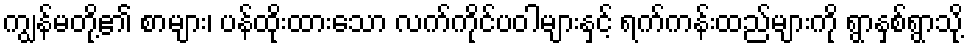
ကျွန်မတို့၏ စာများ၊ ပန်ထိုးထားသော လက်ကိုင်ပဝါများနှင့် ရက်ကန်းထည်များကို ရွာနှစ်ရွာသို့